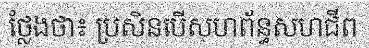
ថ្លែងថា៖ ប្រសិនបើសហព័ន្ធសហជីព